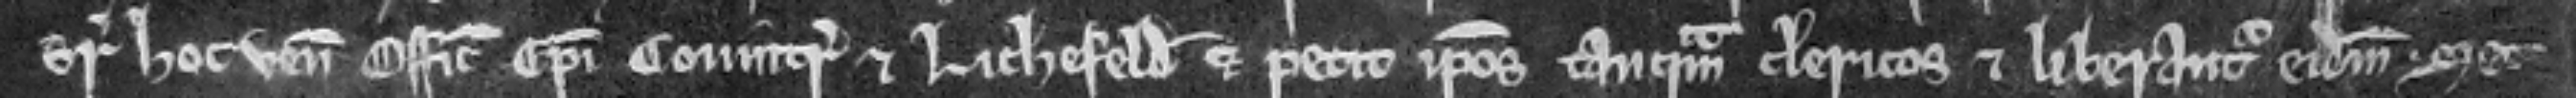
super hoc venit officialis Episcopi Covintr et Lichefeld et petit ipsos tanquam clericos et liberantur eidem. Set